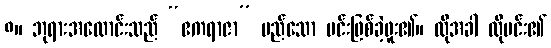
၈။ ဘုရားအလောင်းသည် “ဧကရာဇာ” မည်သော မင်းဖြစ်ခဲ့ဖူး၏။ ထိုအခါ ထိုမင်း၏